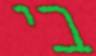
בי